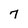
Character: 7